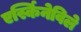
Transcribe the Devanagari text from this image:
एर्स्किनेविले